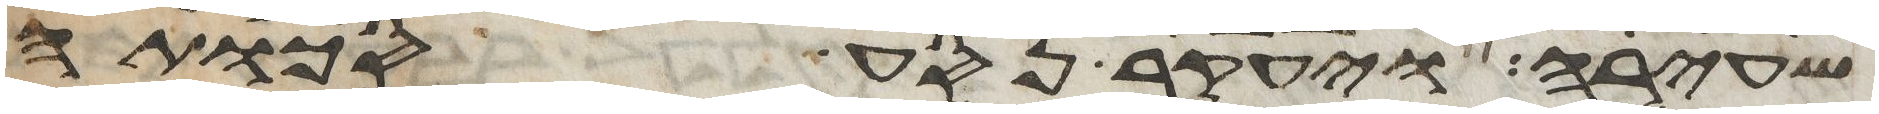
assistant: שעירה ויעקב נסע סכותה